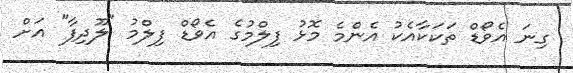
ގިނަ އެވޯޑް ތަކަކާއެކު އެންމެ މޮޅު ފިލްމުގެ އެވޯޑް ފިލްމު "ލޫދިފާ" އަށް